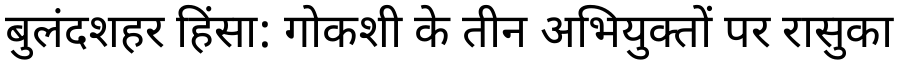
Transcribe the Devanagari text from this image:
बुलंदशहर हिंसा: गोकशी के तीन अभियुक्तों पर रासुका